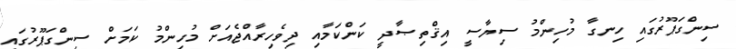
ސިންގަޕޫރުގައި ހިނގާ މުހިންމު ސިޔާސީ އިޤްތިޞާދީ ކަންކަމާއި ދިވެހިރާއްޖެއަށް މުހިންމު ކަމަށް ސިންގަޕޫރުގައި